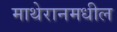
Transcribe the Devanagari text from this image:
माथेरानमधील